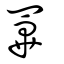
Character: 罼